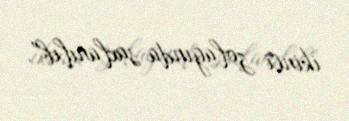
ikinci zolağında saxlanılıb”.